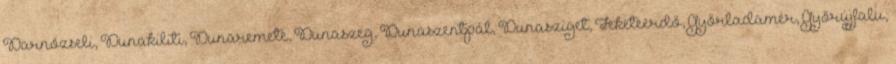
Darnózseli, Dunakiliti, Dunaremete, Dunaszeg, Dunaszentpál, Dunasziget, Feketeerdő, Győrladamér, Győrújfalu,